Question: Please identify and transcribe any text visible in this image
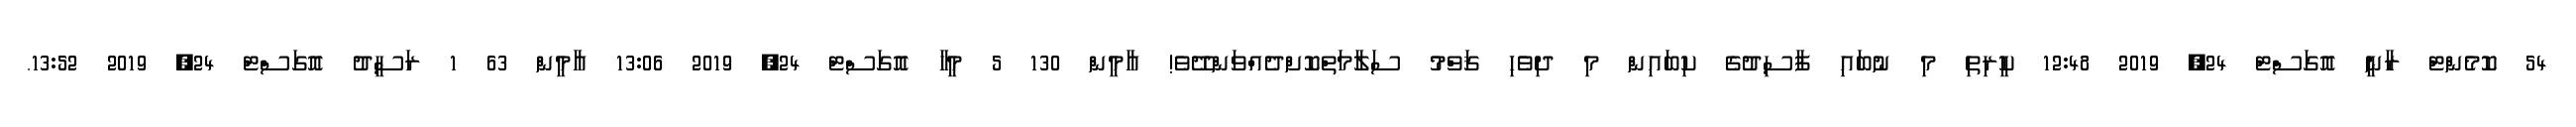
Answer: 54 ކޮމެންޓް ރާނީ އޮގަސްޓް 24, 2019 12:48 ކީރިތި މި ނުބައި ފާސިދުގެ ކިބައިން މި ދިވެހި ޤަވްމު ސަލާމަތްކޮށްދެއްވަންދޭވެ! އާމީން 130 5 މީހާ އޮގަސްޓް 24, 2019 13:06 އާމީން 63 1 ރަސީދު އޮގަސްޓް 24, 2019 13:52.